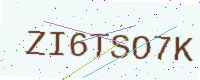
Text: ZI6TSO7K